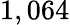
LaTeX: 1,064